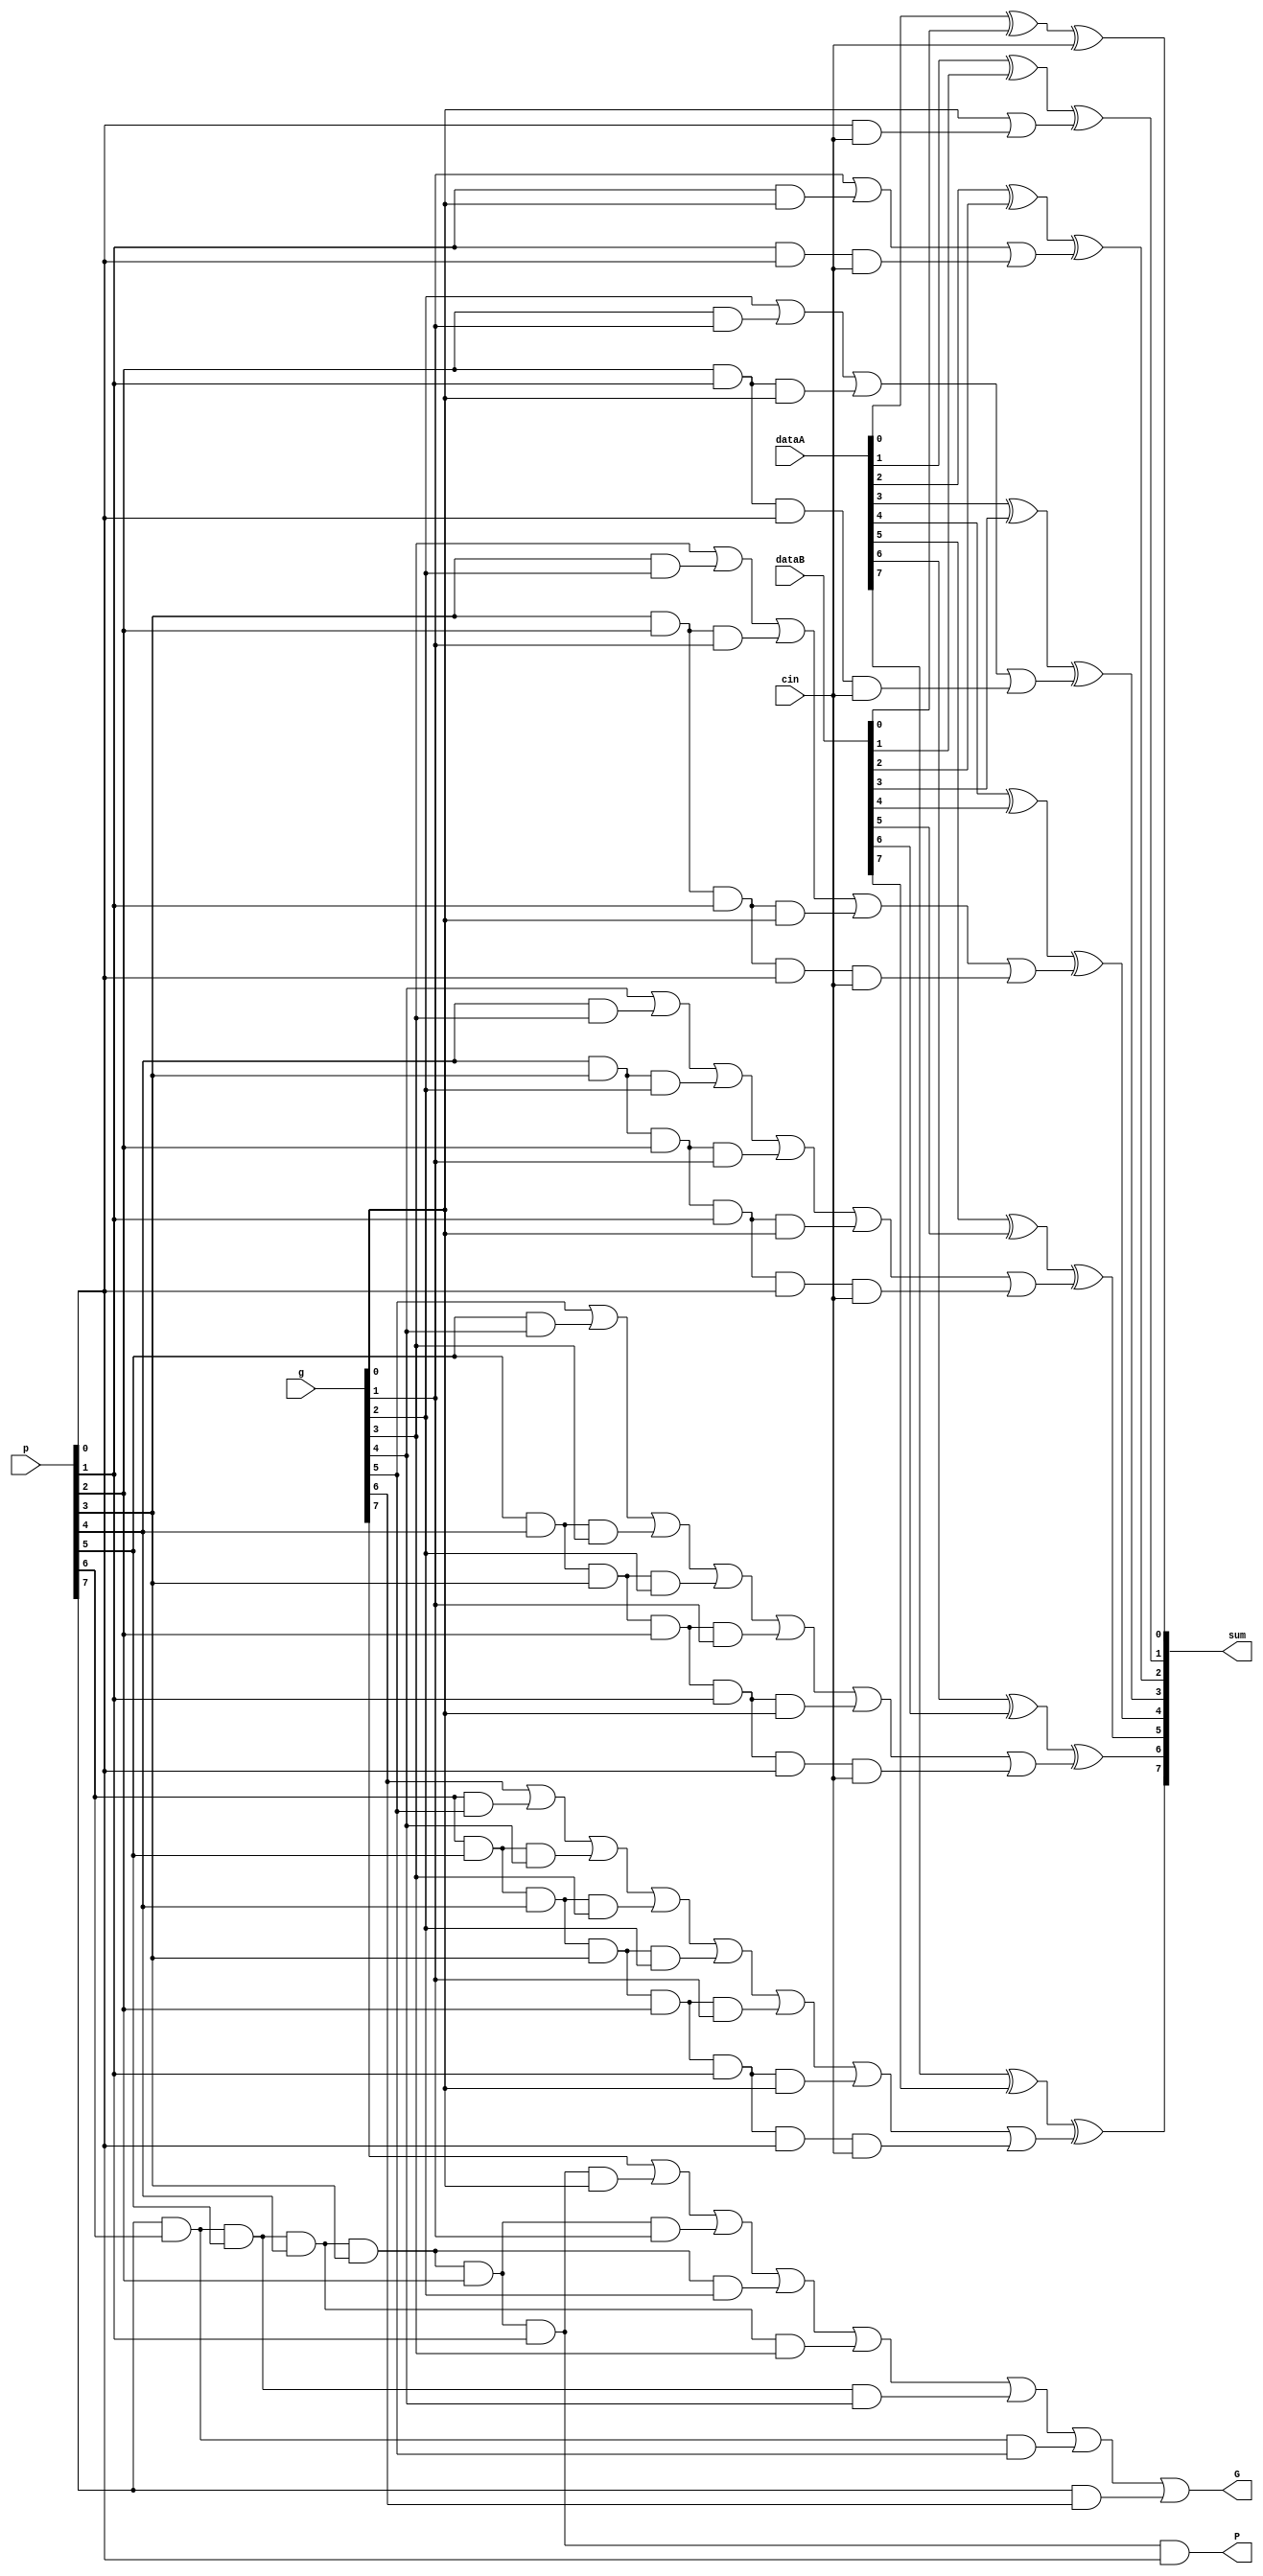
module cla_8block(dataA, dataB, cin, g, p, G, P, sum);

	// Define in/outputs
	input [7:0] dataA, dataB, g, p;
	input cin;
	output G, P;
	output [7:0] sum;
	
	// Create wires to store g and p values
	//wire [7:0] g, p;
	wire G1, G2, G3, G4, G5, G6, G7;
	wire [6:0] carries, pc;
	wire [20:0] pg;
	
	// Define individual carries sum bits
	// c1
	and	and1(pc[0], p[0], cin);
	or		or1(carries[0], g[0], pc[0]);
	// c2
	and	and2(pc[1], p[1], p[0], cin);
	and	and3(pg[0], p[1], g[0]);
	or		or2(carries[1], g[1], pg[0], pc[1]);
	// c3
	and	and4(pc[2], p[2], p[1], p[0], cin);
	and	and5(pg[1], p[2], p[1], g[0]);
	and	and6(pg[2], p[2], g[1]);
	or		or3(carries[2], g[2], pg[2], pg[1], pc[2]);
	// c4
	and	and7(pc[3], p[3], p[2], p[1], p[0], cin);
	and	and8(pg[3], p[3], p[2], p[1], g[0]);
	and	and9(pg[4], p[3], p[2], g[1]);
	and	and10(pg[5], p[3], g[2]);
	or		or4(carries[3], g[3], pg[5], pg[4], pg[3], pc[3]);
	// c5
	and	and11(pc[4], p[4], p[3], p[2], p[1], p[0], cin);
	and	and12(pg[6], p[4], p[3], p[2], p[1], g[0]);
	and	and13(pg[7], p[4], p[3], p[2], g[1]);
	and	and14(pg[8], p[4], p[3], g[2]);
	and	and15(pg[9], p[4], g[3]);
	or		or5(carries[4], g[4], pg[9], pg[8], pg[7], pg[6], pc[4]);
	// c6
	and	and16(pc[5], p[5], p[4], p[3], p[2], p[1], p[0], cin);
	and	and17(pg[10], p[5],  p[4], p[3], p[2], p[1], g[0]);
	and	and18(pg[11], p[5],  p[4], p[3], p[2], g[1]);
	and	and19(pg[12], p[5],  p[4], p[3], g[2]);
	and	and20(pg[13], p[5],  p[4], g[3]);
	and	and21(pg[14], p[5],  g[4]);
	or		or6(carries[5], g[5], pg[14], pg[13], pg[12], pg[11], pg[10], pc[5]);
	// c7
	and	and22(pc[6], p[6], p[5], p[4], p[3], p[2], p[1], p[0], cin);
	and	and23(pg[15], p[6], p[5], p[4], p[3], p[2], p[1], g[0]);
	and	and24(pg[16], p[6],  p[5], p[4], p[3], p[2], g[1]);
	and	and25(pg[17], p[6],  p[5], p[4], p[3], g[2]);
	and	and26(pg[18], p[6],  p[5], p[4], g[3]);
	and	and27(pg[19], p[6],  p[5], g[4]);
	and	and28(pg[20], p[6],  g[5]);
	or		or7(carries[6], g[6], pg[20], pg[19], pg[18], pg[17], pg[16], pg[15], pc[6]);
	
	xor	sum_xor0(sum[0], dataA[0], dataB[0], cin);
	
	genvar c;
	generate
		for(c=1; c<8; c = c+1) begin: sumLoop
			//and	g_and(g[c], dataA[c], dataB[c]);
			//or		p_or(p[c], dataA[c], dataB[c]);
			xor	sum_xor(sum[c], dataA[c], dataB[c], carries[c-1]);
		end
	endgenerate
	
	// Create G and P
	and	P_and(P, p[7], p[6], p[5], p[4], p[3], p[2], p[1], p[0]);
	and	G_and1(G1, p[7], p[6], p[5], p[4], p[3], p[2], p[1], g[0]);
	and	G_and2(G2, p[7], p[6], p[5], p[4], p[3], p[2], g[1]);
	and	G_and3(G3, p[7], p[6], p[5], p[4], p[3], g[2]);
	and	G_and4(G4, p[7], p[6], p[5], p[4], g[3]);
	and	G_and5(G5, p[7], p[6], p[5], g[4]);
	and	G_and6(G6, p[7], p[6], g[5]);
	and	G_and7(G7, p[7], g[6]);
	or		G_or(G, g[7], G1, G2, G3, G4, G5, G6, G7);

endmodule